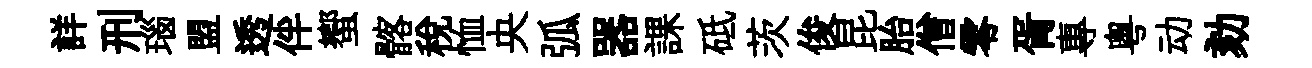
詳刑瑙盟透伴蠁髂稅恤央弧器課砥茨俊昆胎僧零胥專粤动劾